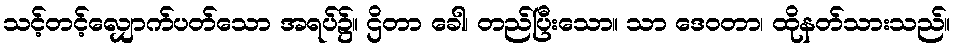
သင့်တင့်လျှောက်ပတ်သော အရပ်၌။ ဌိတာ ခေါ၊ တည်ပြီးသော။ သာ ဒေဝတာ၊ ထိုနတ်သားသည်။